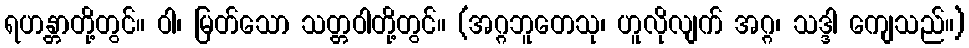
ရဟန္တာတို့တွင်။ ဝါ၊ မြတ်သော သတ္တဝါတို့တွင်။ (အဂ္ဂဘူတေသု၊ ဟူလိုလျက် အဂ္ဂ၊ သဒ္ဒါ ကျေသည်။)